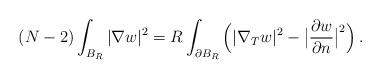
LaTeX: \begin{align*}(N-2)\int_{B_R} |\nabla w|^2=R\int_{\partial B_R} \Big(|\nabla_T w|^2-\big|\frac{\partial w}{\partial n}\big|^2\Big)\,.\end{align*}